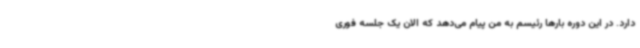
دارد. در این دوره بارها رئیسم به من پیام می‌دهد که الان یک جلسه فوری